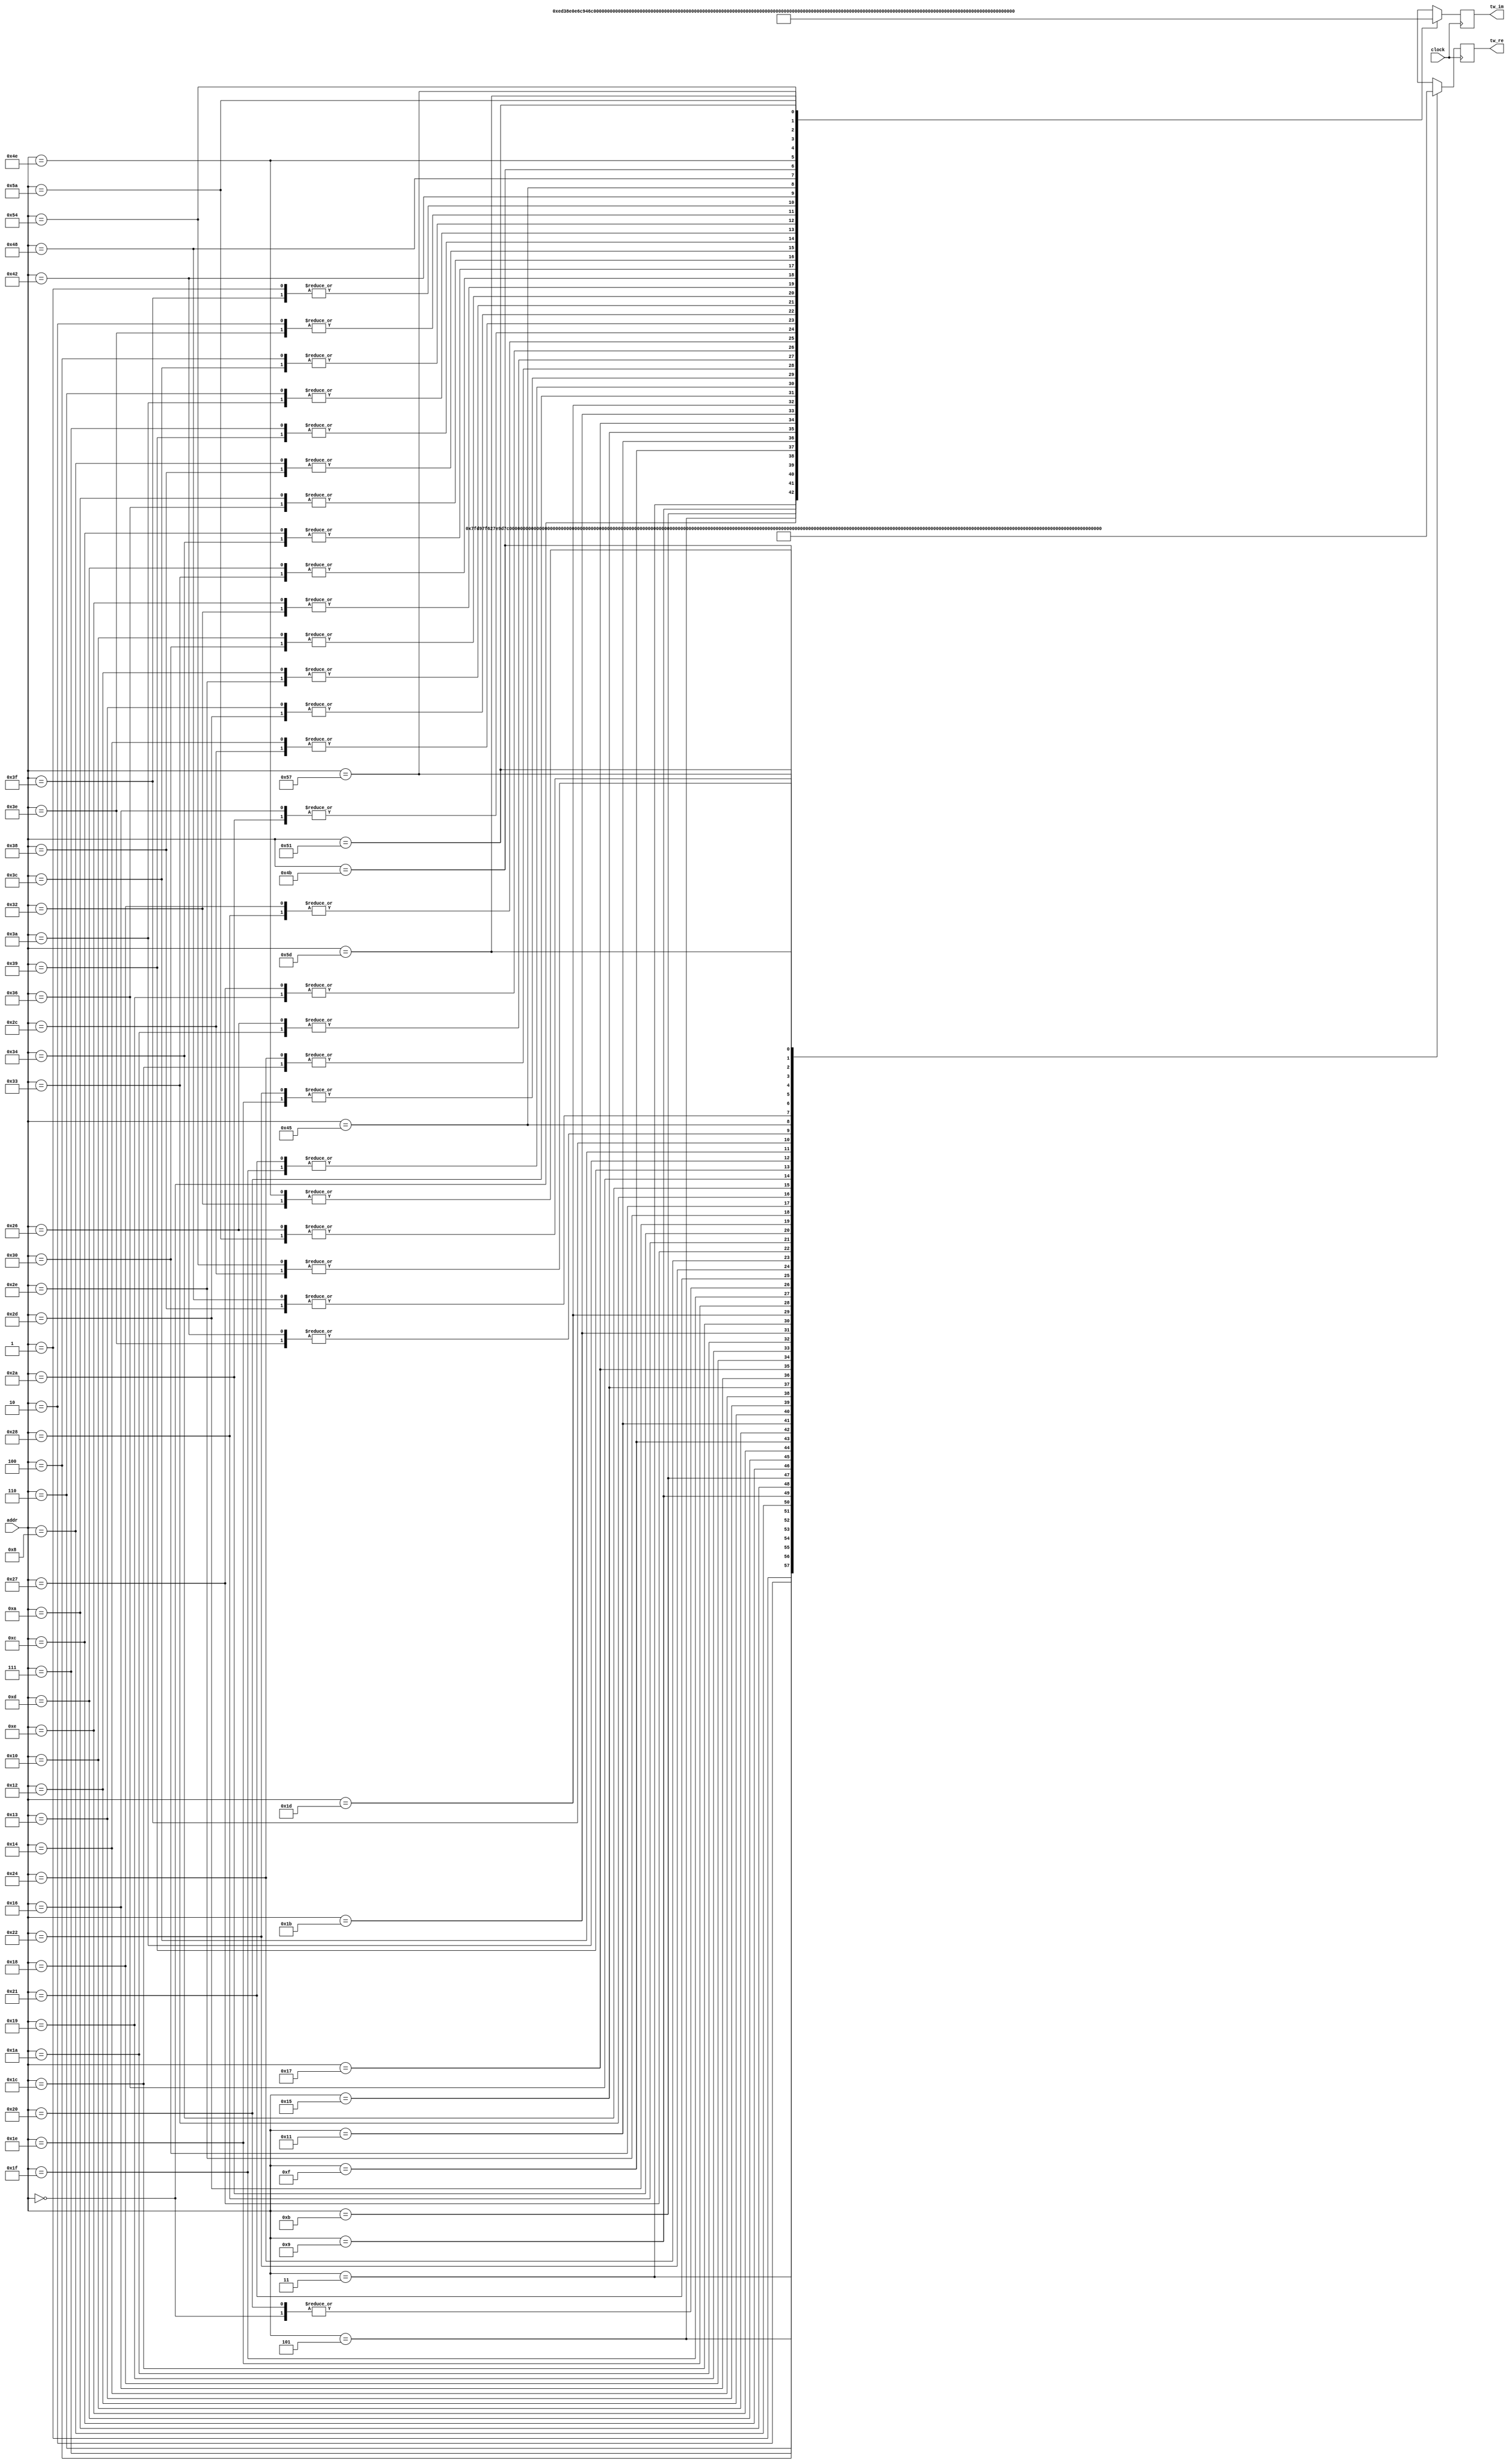
// This program was cloned from: https://github.com/nanamake/r22sdf
// License: MIT License

//----------------------------------------------------------------------
//  Twiddle: 128-Point Twiddle Table for Radix-2^2 Butterfly
//----------------------------------------------------------------------
module Twiddle #(
    parameter   TW_FF = 1   //  Use Output Register
)(
    input           clock,  //  Master Clock
    input   [6:0]   addr,   //  Twiddle Factor Number
    output  [15:0]  tw_re,  //  Twiddle Factor (Real)
    output  [15:0]  tw_im   //  Twiddle Factor (Imag)
);

wire[15:0]  wn_re[0:127];   //  Twiddle Table (Real)
wire[15:0]  wn_im[0:127];   //  Twiddle Table (Imag)
wire[15:0]  mx_re;          //  Multiplexer output (Real)
wire[15:0]  mx_im;          //  Multiplexer output (Imag)
reg [15:0]  ff_re;          //  Register output (Real)
reg [15:0]  ff_im;          //  Register output (Imag)

assign  mx_re = wn_re[addr];
assign  mx_im = wn_im[addr];

always @(posedge clock) begin
    ff_re <= mx_re;
    ff_im <= mx_im;
end

assign  tw_re = TW_FF ? ff_re : mx_re;
assign  tw_im = TW_FF ? ff_im : mx_im;

//----------------------------------------------------------------------
//  Twiddle Factor Value
//----------------------------------------------------------------------
//  Multiplication is bypassed when twiddle address is 0.
//  Setting wn_re[0] = 0 and wn_im[0] = 0 makes it easier to check the waveform.
//  It may also reduce power consumption slightly.
//
//      wn_re = cos(-2pi*n/128)         wn_im = sin(-2pi*n/128)
assign  wn_re[ 0] = 16'h0000;   assign  wn_im[ 0] = 16'h0000;   //  0  1.000 -0.000
assign  wn_re[ 1] = 16'h7FD9;   assign  wn_im[ 1] = 16'hF9B8;   //  1  0.999 -0.049
assign  wn_re[ 2] = 16'h7F62;   assign  wn_im[ 2] = 16'hF374;   //  2  0.995 -0.098
assign  wn_re[ 3] = 16'h7E9D;   assign  wn_im[ 3] = 16'hED38;   //  3  0.989 -0.147
assign  wn_re[ 4] = 16'h7D8A;   assign  wn_im[ 4] = 16'hE707;   //  4  0.981 -0.195
assign  wn_re[ 5] = 16'h7C2A;   assign  wn_im[ 5] = 16'hE0E6;   //  5  0.970 -0.243
assign  wn_re[ 6] = 16'h7A7D;   assign  wn_im[ 6] = 16'hDAD8;   //  6  0.957 -0.290
assign  wn_re[ 7] = 16'h7885;   assign  wn_im[ 7] = 16'hD4E1;   //  7  0.942 -0.337
assign  wn_re[ 8] = 16'h7642;   assign  wn_im[ 8] = 16'hCF04;   //  8  0.924 -0.383
assign  wn_re[ 9] = 16'h73B6;   assign  wn_im[ 9] = 16'hC946;   //  9  0.904 -0.428
assign  wn_re[10] = 16'h70E3;   assign  wn_im[10] = 16'hC3A9;   // 10  0.882 -0.471
assign  wn_re[11] = 16'h6DCA;   assign  wn_im[11] = 16'hBE32;   // 11  0.858 -0.514
assign  wn_re[12] = 16'h6A6E;   assign  wn_im[12] = 16'hB8E3;   // 12  0.831 -0.556
assign  wn_re[13] = 16'h66D0;   assign  wn_im[13] = 16'hB3C0;   // 13  0.803 -0.596
assign  wn_re[14] = 16'h62F2;   assign  wn_im[14] = 16'hAECC;   // 14  0.773 -0.634
assign  wn_re[15] = 16'h5ED7;   assign  wn_im[15] = 16'hAA0A;   // 15  0.741 -0.672
assign  wn_re[16] = 16'h5A82;   assign  wn_im[16] = 16'hA57E;   // 16  0.707 -0.707
assign  wn_re[17] = 16'h55F6;   assign  wn_im[17] = 16'hA129;   // 17  0.672 -0.741
assign  wn_re[18] = 16'h5134;   assign  wn_im[18] = 16'h9D0E;   // 18  0.634 -0.773
assign  wn_re[19] = 16'h4C40;   assign  wn_im[19] = 16'h9930;   // 19  0.596 -0.803
assign  wn_re[20] = 16'h471D;   assign  wn_im[20] = 16'h9592;   // 20  0.556 -0.831
assign  wn_re[21] = 16'h41CE;   assign  wn_im[21] = 16'h9236;   // 21  0.514 -0.858
assign  wn_re[22] = 16'h3C57;   assign  wn_im[22] = 16'h8F1D;   // 22  0.471 -0.882
assign  wn_re[23] = 16'h36BA;   assign  wn_im[23] = 16'h8C4A;   // 23  0.428 -0.904
assign  wn_re[24] = 16'h30FC;   assign  wn_im[24] = 16'h89BE;   // 24  0.383 -0.924
assign  wn_re[25] = 16'h2B1F;   assign  wn_im[25] = 16'h877B;   // 25  0.337 -0.942
assign  wn_re[26] = 16'h2528;   assign  wn_im[26] = 16'h8583;   // 26  0.290 -0.957
assign  wn_re[27] = 16'h1F1A;   assign  wn_im[27] = 16'h83D6;   // 27  0.243 -0.970
assign  wn_re[28] = 16'h18F9;   assign  wn_im[28] = 16'h8276;   // 28  0.195 -0.981
assign  wn_re[29] = 16'h12C8;   assign  wn_im[29] = 16'h8163;   // 29  0.147 -0.989
assign  wn_re[30] = 16'h0C8C;   assign  wn_im[30] = 16'h809E;   // 30  0.098 -0.995
assign  wn_re[31] = 16'h0648;   assign  wn_im[31] = 16'h8027;   // 31  0.049 -0.999
assign  wn_re[32] = 16'h0000;   assign  wn_im[32] = 16'h8000;   // 32  0.000 -1.000
assign  wn_re[33] = 16'hF9B8;   assign  wn_im[33] = 16'h8027;   // 33 -0.049 -0.999
assign  wn_re[34] = 16'hF374;   assign  wn_im[34] = 16'h809E;   // 34 -0.098 -0.995
assign  wn_re[35] = 16'hxxxx;   assign  wn_im[35] = 16'hxxxx;   // 35 -0.147 -0.989
assign  wn_re[36] = 16'hE707;   assign  wn_im[36] = 16'h8276;   // 36 -0.195 -0.981
assign  wn_re[37] = 16'hxxxx;   assign  wn_im[37] = 16'hxxxx;   // 37 -0.243 -0.970
assign  wn_re[38] = 16'hDAD8;   assign  wn_im[38] = 16'h8583;   // 38 -0.290 -0.957
assign  wn_re[39] = 16'hD4E1;   assign  wn_im[39] = 16'h877B;   // 39 -0.337 -0.942
assign  wn_re[40] = 16'hCF04;   assign  wn_im[40] = 16'h89BE;   // 40 -0.383 -0.924
assign  wn_re[41] = 16'hxxxx;   assign  wn_im[41] = 16'hxxxx;   // 41 -0.428 -0.904
assign  wn_re[42] = 16'hC3A9;   assign  wn_im[42] = 16'h8F1D;   // 42 -0.471 -0.882
assign  wn_re[43] = 16'hxxxx;   assign  wn_im[43] = 16'hxxxx;   // 43 -0.514 -0.858
assign  wn_re[44] = 16'hB8E3;   assign  wn_im[44] = 16'h9592;   // 44 -0.556 -0.831
assign  wn_re[45] = 16'hB3C0;   assign  wn_im[45] = 16'h9930;   // 45 -0.596 -0.803
assign  wn_re[46] = 16'hAECC;   assign  wn_im[46] = 16'h9D0E;   // 46 -0.634 -0.773
assign  wn_re[47] = 16'hxxxx;   assign  wn_im[47] = 16'hxxxx;   // 47 -0.672 -0.741
assign  wn_re[48] = 16'hA57E;   assign  wn_im[48] = 16'hA57E;   // 48 -0.707 -0.707
assign  wn_re[49] = 16'hxxxx;   assign  wn_im[49] = 16'hxxxx;   // 49 -0.741 -0.672
assign  wn_re[50] = 16'h9D0E;   assign  wn_im[50] = 16'hAECC;   // 50 -0.773 -0.634
assign  wn_re[51] = 16'h9930;   assign  wn_im[51] = 16'hB3C0;   // 51 -0.803 -0.596
assign  wn_re[52] = 16'h9592;   assign  wn_im[52] = 16'hB8E3;   // 52 -0.831 -0.556
assign  wn_re[53] = 16'hxxxx;   assign  wn_im[53] = 16'hxxxx;   // 53 -0.858 -0.514
assign  wn_re[54] = 16'h8F1D;   assign  wn_im[54] = 16'hC3A9;   // 54 -0.882 -0.471
assign  wn_re[55] = 16'hxxxx;   assign  wn_im[55] = 16'hxxxx;   // 55 -0.904 -0.428
assign  wn_re[56] = 16'h89BE;   assign  wn_im[56] = 16'hCF04;   // 56 -0.924 -0.383
assign  wn_re[57] = 16'h877B;   assign  wn_im[57] = 16'hD4E1;   // 57 -0.942 -0.337
assign  wn_re[58] = 16'h8583;   assign  wn_im[58] = 16'hDAD8;   // 58 -0.957 -0.290
assign  wn_re[59] = 16'hxxxx;   assign  wn_im[59] = 16'hxxxx;   // 59 -0.970 -0.243
assign  wn_re[60] = 16'h8276;   assign  wn_im[60] = 16'hE707;   // 60 -0.981 -0.195
assign  wn_re[61] = 16'hxxxx;   assign  wn_im[61] = 16'hxxxx;   // 61 -0.989 -0.147
assign  wn_re[62] = 16'h809E;   assign  wn_im[62] = 16'hF374;   // 62 -0.995 -0.098
assign  wn_re[63] = 16'h8027;   assign  wn_im[63] = 16'hF9B8;   // 63 -0.999 -0.049
assign  wn_re[64] = 16'hxxxx;   assign  wn_im[64] = 16'hxxxx;   // 64 -1.000 -0.000
assign  wn_re[65] = 16'hxxxx;   assign  wn_im[65] = 16'hxxxx;   // 65 -0.999  0.049
assign  wn_re[66] = 16'h809E;   assign  wn_im[66] = 16'h0C8C;   // 66 -0.995  0.098
assign  wn_re[67] = 16'hxxxx;   assign  wn_im[67] = 16'hxxxx;   // 67 -0.989  0.147
assign  wn_re[68] = 16'hxxxx;   assign  wn_im[68] = 16'hxxxx;   // 68 -0.981  0.195
assign  wn_re[69] = 16'h83D6;   assign  wn_im[69] = 16'h1F1A;   // 69 -0.970  0.243
assign  wn_re[70] = 16'hxxxx;   assign  wn_im[70] = 16'hxxxx;   // 70 -0.957  0.290
assign  wn_re[71] = 16'hxxxx;   assign  wn_im[71] = 16'hxxxx;   // 71 -0.942  0.337
assign  wn_re[72] = 16'h89BE;   assign  wn_im[72] = 16'h30FC;   // 72 -0.924  0.383
assign  wn_re[73] = 16'hxxxx;   assign  wn_im[73] = 16'hxxxx;   // 73 -0.904  0.428
assign  wn_re[74] = 16'hxxxx;   assign  wn_im[74] = 16'hxxxx;   // 74 -0.882  0.471
assign  wn_re[75] = 16'h9236;   assign  wn_im[75] = 16'h41CE;   // 75 -0.858  0.514
assign  wn_re[76] = 16'hxxxx;   assign  wn_im[76] = 16'hxxxx;   // 76 -0.831  0.556
assign  wn_re[77] = 16'hxxxx;   assign  wn_im[77] = 16'hxxxx;   // 77 -0.803  0.596
assign  wn_re[78] = 16'h9D0E;   assign  wn_im[78] = 16'h5134;   // 78 -0.773  0.634
assign  wn_re[79] = 16'hxxxx;   assign  wn_im[79] = 16'hxxxx;   // 79 -0.741  0.672
assign  wn_re[80] = 16'hxxxx;   assign  wn_im[80] = 16'hxxxx;   // 80 -0.707  0.707
assign  wn_re[81] = 16'hAA0A;   assign  wn_im[81] = 16'h5ED7;   // 81 -0.672  0.741
assign  wn_re[82] = 16'hxxxx;   assign  wn_im[82] = 16'hxxxx;   // 82 -0.634  0.773
assign  wn_re[83] = 16'hxxxx;   assign  wn_im[83] = 16'hxxxx;   // 83 -0.596  0.803
assign  wn_re[84] = 16'hB8E3;   assign  wn_im[84] = 16'h6A6E;   // 84 -0.556  0.831
assign  wn_re[85] = 16'hxxxx;   assign  wn_im[85] = 16'hxxxx;   // 85 -0.514  0.858
assign  wn_re[86] = 16'hxxxx;   assign  wn_im[86] = 16'hxxxx;   // 86 -0.471  0.882
assign  wn_re[87] = 16'hC946;   assign  wn_im[87] = 16'h73B6;   // 87 -0.428  0.904
assign  wn_re[88] = 16'hxxxx;   assign  wn_im[88] = 16'hxxxx;   // 88 -0.383  0.924
assign  wn_re[89] = 16'hxxxx;   assign  wn_im[89] = 16'hxxxx;   // 89 -0.337  0.942
assign  wn_re[90] = 16'hDAD8;   assign  wn_im[90] = 16'h7A7D;   // 90 -0.290  0.957
assign  wn_re[91] = 16'hxxxx;   assign  wn_im[91] = 16'hxxxx;   // 91 -0.243  0.970
assign  wn_re[92] = 16'hxxxx;   assign  wn_im[92] = 16'hxxxx;   // 92 -0.195  0.981
assign  wn_re[93] = 16'hED38;   assign  wn_im[93] = 16'h7E9D;   // 93 -0.147  0.989
assign  wn_re[94] = 16'hxxxx;   assign  wn_im[94] = 16'hxxxx;   // 94 -0.098  0.995
assign  wn_re[95] = 16'hxxxx;   assign  wn_im[95] = 16'hxxxx;   // 95 -0.049  0.999
assign  wn_re[96] = 16'hxxxx;   assign  wn_im[96] = 16'hxxxx;   // 96 -0.000  1.000
assign  wn_re[97] = 16'hxxxx;   assign  wn_im[97] = 16'hxxxx;   // 97  0.049  0.999
assign  wn_re[98] = 16'hxxxx;   assign  wn_im[98] = 16'hxxxx;   // 98  0.098  0.995
assign  wn_re[99] = 16'hxxxx;   assign  wn_im[99] = 16'hxxxx;   // 99  0.147  0.989
assign  wn_re[100] = 16'hxxxx;   assign  wn_im[100] = 16'hxxxx;   // 100  0.195  0.981
assign  wn_re[101] = 16'hxxxx;   assign  wn_im[101] = 16'hxxxx;   // 101  0.243  0.970
assign  wn_re[102] = 16'hxxxx;   assign  wn_im[102] = 16'hxxxx;   // 102  0.290  0.957
assign  wn_re[103] = 16'hxxxx;   assign  wn_im[103] = 16'hxxxx;   // 103  0.337  0.942
assign  wn_re[104] = 16'hxxxx;   assign  wn_im[104] = 16'hxxxx;   // 104  0.383  0.924
assign  wn_re[105] = 16'hxxxx;   assign  wn_im[105] = 16'hxxxx;   // 105  0.428  0.904
assign  wn_re[106] = 16'hxxxx;   assign  wn_im[106] = 16'hxxxx;   // 106  0.471  0.882
assign  wn_re[107] = 16'hxxxx;   assign  wn_im[107] = 16'hxxxx;   // 107  0.514  0.858
assign  wn_re[108] = 16'hxxxx;   assign  wn_im[108] = 16'hxxxx;   // 108  0.556  0.831
assign  wn_re[109] = 16'hxxxx;   assign  wn_im[109] = 16'hxxxx;   // 109  0.596  0.803
assign  wn_re[110] = 16'hxxxx;   assign  wn_im[110] = 16'hxxxx;   // 110  0.634  0.773
assign  wn_re[111] = 16'hxxxx;   assign  wn_im[111] = 16'hxxxx;   // 111  0.672  0.741
assign  wn_re[112] = 16'hxxxx;   assign  wn_im[112] = 16'hxxxx;   // 112  0.707  0.707
assign  wn_re[113] = 16'hxxxx;   assign  wn_im[113] = 16'hxxxx;   // 113  0.741  0.672
assign  wn_re[114] = 16'hxxxx;   assign  wn_im[114] = 16'hxxxx;   // 114  0.773  0.634
assign  wn_re[115] = 16'hxxxx;   assign  wn_im[115] = 16'hxxxx;   // 115  0.803  0.596
assign  wn_re[116] = 16'hxxxx;   assign  wn_im[116] = 16'hxxxx;   // 116  0.831  0.556
assign  wn_re[117] = 16'hxxxx;   assign  wn_im[117] = 16'hxxxx;   // 117  0.858  0.514
assign  wn_re[118] = 16'hxxxx;   assign  wn_im[118] = 16'hxxxx;   // 118  0.882  0.471
assign  wn_re[119] = 16'hxxxx;   assign  wn_im[119] = 16'hxxxx;   // 119  0.904  0.428
assign  wn_re[120] = 16'hxxxx;   assign  wn_im[120] = 16'hxxxx;   // 120  0.924  0.383
assign  wn_re[121] = 16'hxxxx;   assign  wn_im[121] = 16'hxxxx;   // 121  0.942  0.337
assign  wn_re[122] = 16'hxxxx;   assign  wn_im[122] = 16'hxxxx;   // 122  0.957  0.290
assign  wn_re[123] = 16'hxxxx;   assign  wn_im[123] = 16'hxxxx;   // 123  0.970  0.243
assign  wn_re[124] = 16'hxxxx;   assign  wn_im[124] = 16'hxxxx;   // 124  0.981  0.195
assign  wn_re[125] = 16'hxxxx;   assign  wn_im[125] = 16'hxxxx;   // 125  0.989  0.147
assign  wn_re[126] = 16'hxxxx;   assign  wn_im[126] = 16'hxxxx;   // 126  0.995  0.098
assign  wn_re[127] = 16'hxxxx;   assign  wn_im[127] = 16'hxxxx;   // 127  0.999  0.049

endmodule